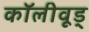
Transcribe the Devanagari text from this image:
कॉलीवूड्